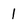
Character: 1